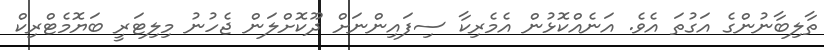
ތާލިބާނުންގެ އަގުތަ އެވެ. އަނެއްކޮޅުން އެމެރިކާ ސިފައިންނަށް ދޫކޮށްލަން ޖެހުނު މިލިޓަރީ ބަޔޮމެޓްރިކް